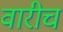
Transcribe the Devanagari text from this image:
वारीच